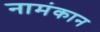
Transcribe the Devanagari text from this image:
नामंकान